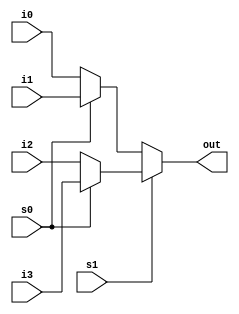
//Implementing a four is to one mux using conditional statements

module fouristoOneMuxUsingConditionalStatement(
input i0, input i1, input i2, input i3, input s0, input s1, output out
);

assign out=s1 ? (s0?i3:i2) : (s0?i1:i0);

endmodule